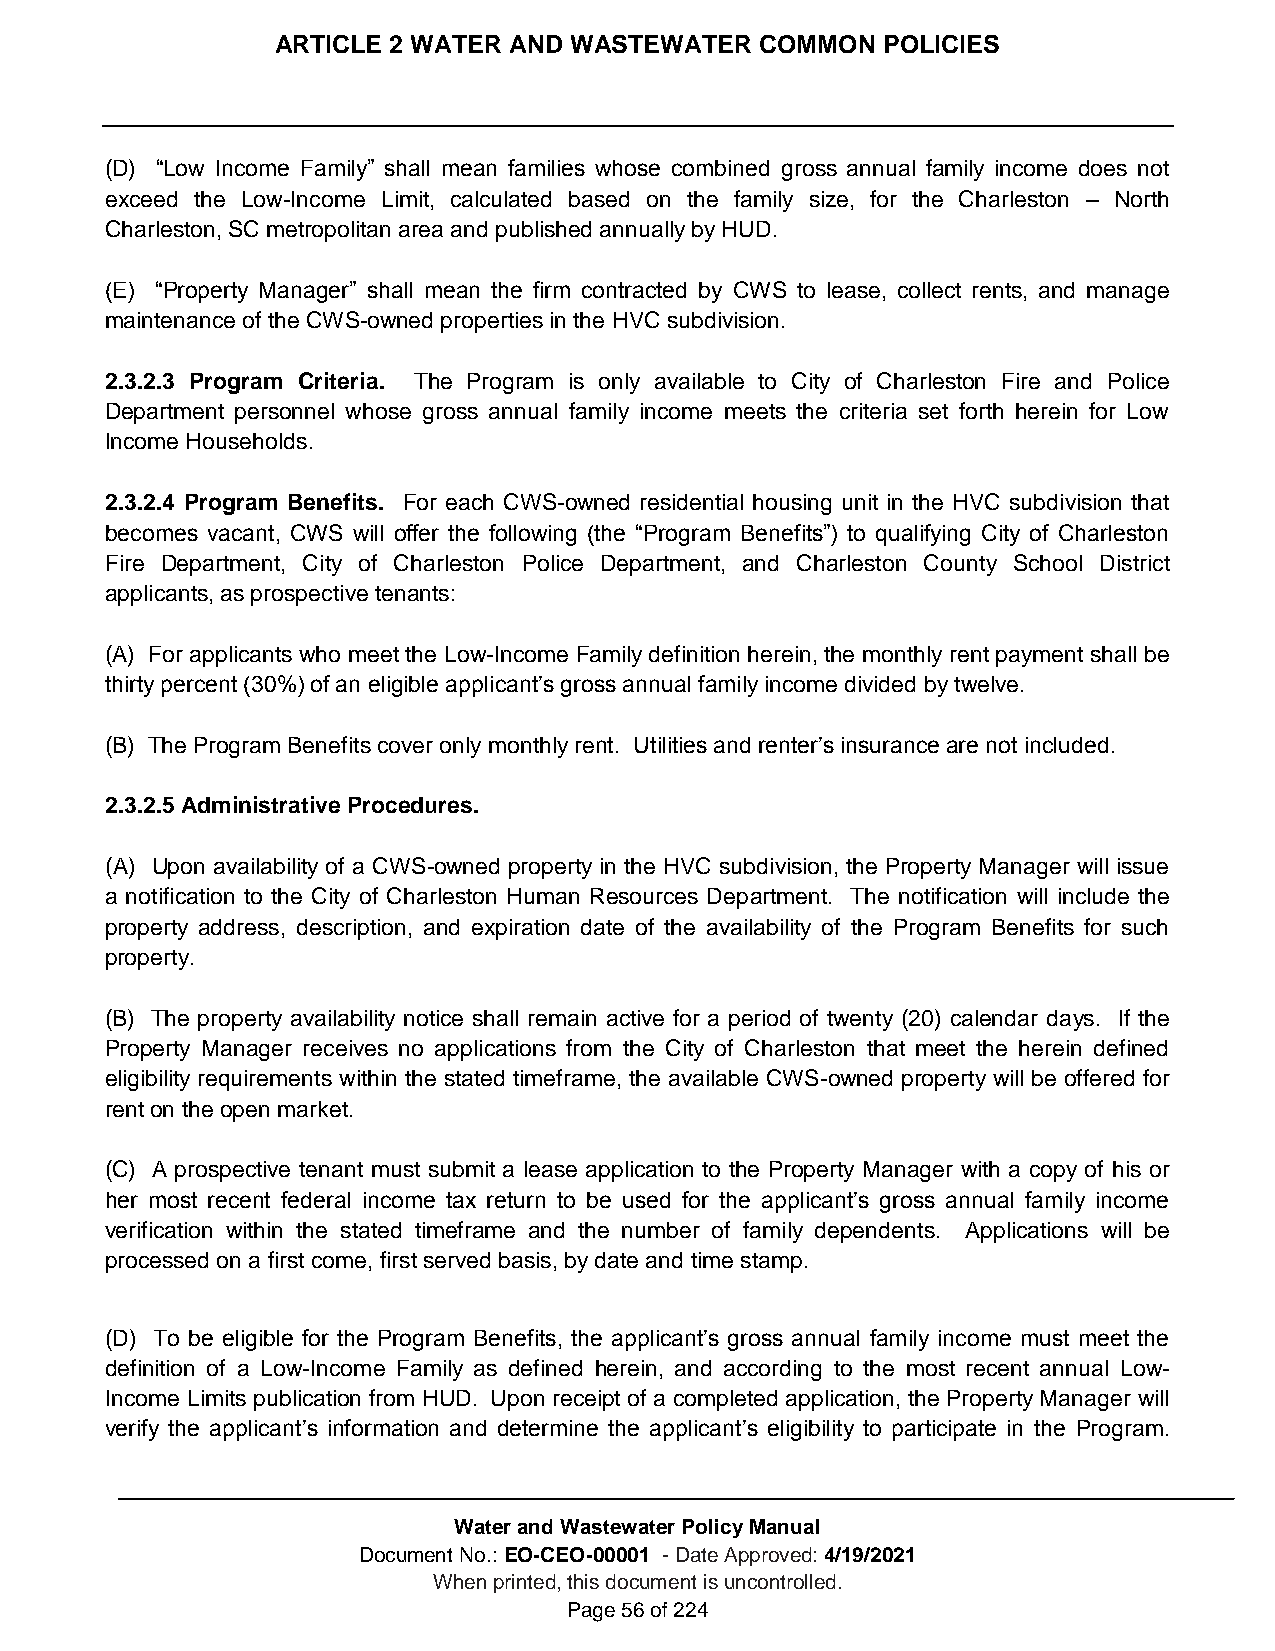
ARTICLE 2 WATER AND WASTEWATER  COMMON  POLICIES
 (D) “Low Income Family” shall mean families whose combined gross annual family income does not
 exceed the Low-Income Limit, calculated based on the family size, for the Charleston – North
 Charleston, SC metropolitan area and published annually by HUD.
 (E) “Property Manager” shall mean the firm contracted by CWS to lease, collect rents, and manage
 maintenance of the CWS-owned properties in the HVC subdivision.
 2.3.2.3 Program Criteria. The Program is only available to City of Charleston Fire and Police
 Department personnel whose gross annual family income meets the criteria set forth herein for Low
 Income Households.
 2.3.2.4 Program Benefits. For each CWS-owned residential housing unit in the HVC subdivision that
 becomes vacant, CWS will offer the following (the “Program Benefits”) to qualifying City of Charleston
 Fire Department, City of Charleston Police Department, and Charleston County School District
 applicants, as prospective tenants:
 (A) For applicants who meet the Low-Income Family definition herein, the monthly rent payment shall be
 thirty percent (30%) of an eligible applicant’s gross annual family income divided by twelve.
 (B) The Program Benefits cover only monthly rent. Utilities and renter’s insurance are not included.
 2.3.2.5 Administrative Procedures.
 (A) Upon availability of a CWS-owned property in the HVC subdivision, the Property Manager will issue
 a notification to the City of Charleston Human Resources Department. The notification will include the
 property address, description, and expiration date of the availability of the Program Benefits for such
 property.
 (B) The property availability notice shall remain active for a period of twenty (20) calendar days. If the
 Property Manager receives no applications from the City of Charleston that meet the herein defined
 eligibility requirements within the stated timeframe, the available CWS-owned property will be offered for
 rent on the open market.
 (C) A prospective tenant must submit a lease application to the Property Manager with a copy of his or
 her most recent federal income tax return to be used for the applicant’s gross annual family income
 verification within the stated timeframe and the number of family dependents. Applications will be
 processed on a first come, first served basis, by date and time stamp.
 (D) To be eligible for the Program Benefits, the applicant’s gross annual family income must meet the
 definition of a Low-Income Family as defined herein, and according to the most recent annual Low-
 Income Limits publication from HUD. Upon receipt of a completed application, the Property Manager will
 verify the applicant’s information and determine the applicant’s eligibility to participate in the Program.
 Water and Wastewater Policy Manual
 Document No.: EO-CEO-00001 - Date Approved: 4/19/2021
 When printed, this document is uncontrolled.
 Page 56 of 224